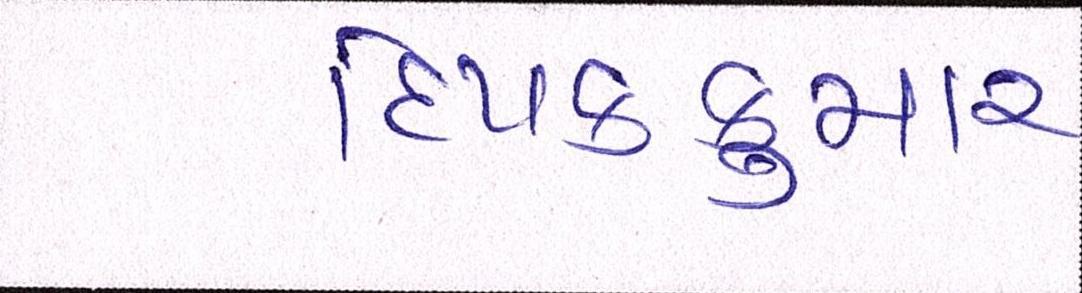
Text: દિપકકુમાર